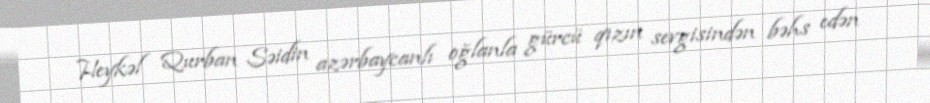
Heykəl Qurban Səidin azərbaycanlı oğlanla gürcü qızın sevgisindən bəhs edən